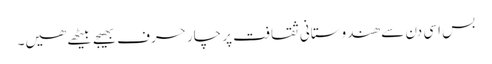
بس اسی دن سے ھندوستانی ثقافت پر چار حرف بھیجے بیٹھے ھیں۔